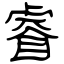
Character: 睿